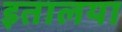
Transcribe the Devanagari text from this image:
इतालया